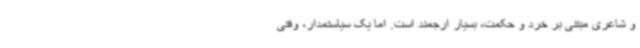
و شاعری مبتنی بر خرد و حکمت، بسیار ارجمند است. اما یک سیاستمدار، وقتی